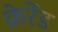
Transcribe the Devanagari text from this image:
क्रेरेंड